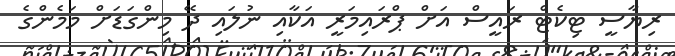
ރިޔާސީ ޓިކެޓް ރައީސް އަށް ޕްރައިމަރީ އަކާއި ނުލައި ދޭ މިންގަޑަށް މަމެންގެ